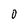
Character: 0